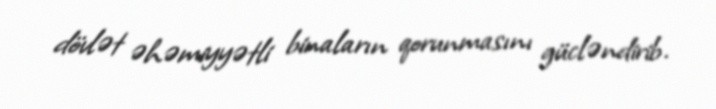
dövlət əhəmiyyətli binaların qorunmasını gücləndirib.